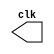
// ---------------------------
// -- test clock generator (1)
// ---------------------------

module clock ( clk );
 output clk;
 reg    clk;

 initial
  begin
   clk = 1'b0;
  end

 always
  begin
   #12 clk = ~clk;
  end

endmodule // clock ( )

module testclock01a;

 wire  clk;
 clock CLK1 ( clk );

 initial begin
  $dumpfile ( "testclock01a.vcd" );
  $dumpvars;

  #120 $finish;
 end

endmodule // testclock1a ( )